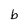
Character: b